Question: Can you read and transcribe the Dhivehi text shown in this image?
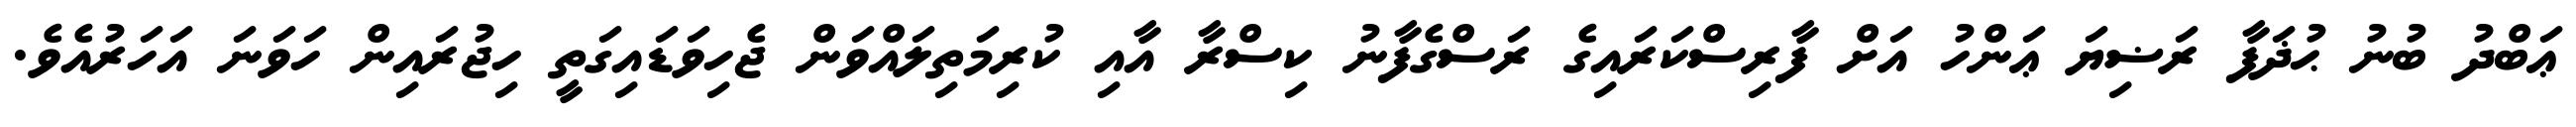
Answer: ޢަބްދު ބުނު ޙުޛަފާ ރަޟިޔަ ޢަންހު އަށް ފާރިސްކަރައިގެ ރަސްގެފާނު ކިސްރާ އާއި ކުރިމަތިލައްވަން ޖެހިވަޑައިގަތީ ހިޖުރައިން ހަވަނަ އަހަރުއެވެ.